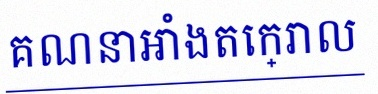
គណនាអាំងតេក្រាល